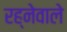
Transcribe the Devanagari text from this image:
रह्नेवाले